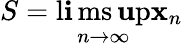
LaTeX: S=\operatorname*{l\mathbf{i}ms\mathbf{u}p}_{n\to\infty}\mathbf{x}_{n}